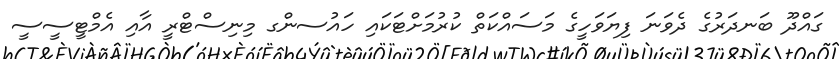
ގައްދޫ ބަނދަރުގެ ދެވަނަ ފިޔަވަހީގެ މަސައްކަތް ކުރުމަށްޓަކައި ހައުސންގ މިނިސްޓްރީ އާއި އެމްޓީސީސީ